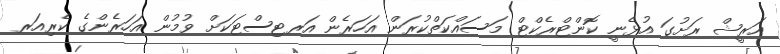
އަރީޝް ރަށުގަ އުޅެނީ ކޮންޓްރެކްޓް މަސައްކަތްކުރަން އަހަރެން އަރޓިސްޓަކަށް ވުމުން އަހަރެންގެ ކެރިއަރ